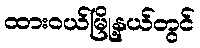
ထားဝယ်မြို့နယ်တွင်